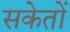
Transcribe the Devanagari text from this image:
सकेतों